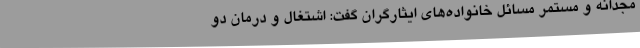
مجدانه و مستمر مسائل خانواده‌های ایثارگران گفت: اشتغال و درمان دو